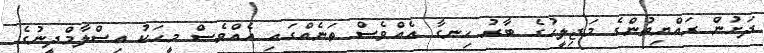
ދަށުން ރައްޔިތުންގެ މަޖިލީހުގެ ބާރު ހިނގާ އެއްވެސް ތަނެއްގައި އެއްވެސް މީހަކު އިސްލާމްދީނުގެ